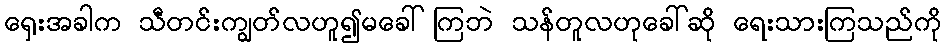
ရှေးအခါက သီတင်းကျွတ်လဟူ၍မခေါ်ကြဘဲ သန်တူလဟုခေါ်ဆို ရေးသားကြသည်ကို